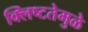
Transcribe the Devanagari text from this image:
क्लिष्टतेमुळे